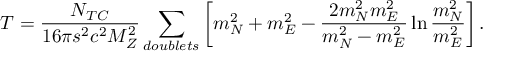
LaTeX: T = { \frac { N _ { T C } } { 1 6 \pi s ^ { 2 } c ^ { 2 } M _ { Z } ^ { 2 } } } \sum _ { d o u b l e t s } \left[ m _ { N } ^ { 2 } + m _ { E } ^ { 2 } - { \frac { 2 m _ { N } ^ { 2 } m _ { E } ^ { 2 } } { m _ { N } ^ { 2 } - m _ { E } ^ { 2 } } } \ln { \frac { m _ { N } ^ { 2 } } { m _ { E } ^ { 2 } } } \right] .